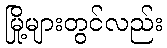
မြို့များတွင်လည်း